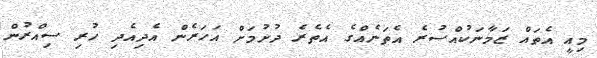
މިއީ އެތައް ޒަމާނަކުއްސުރެ އެތަނެއްގެ އެތެރެ ދުށުމަށް އަހަރެން އެދިއެދި ހުރި ސިއްރުން